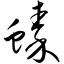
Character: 螓